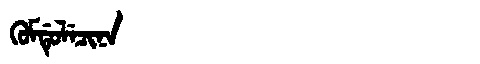
Manchu: ᡴᡠᠮᡩᡠᠯᡝᠴᡳᠨᠠ
Romanization: KUMDULECINA